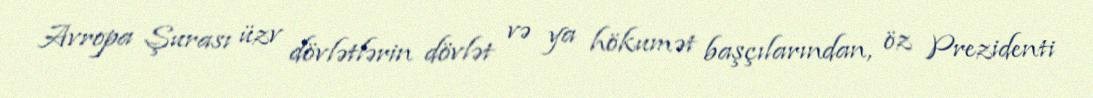
Avropa Şurası üzv dövlətlərin dövlət və ya hökumət başçılarından, öz Prezidenti